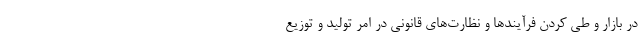
در بازار و طی کردن فرآیند‌ها و نظارت‌های قانونی در امر تولید و توزیع